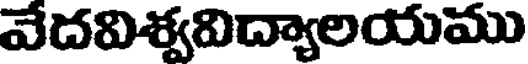
వేదవిశ్వవిద్యాలయము